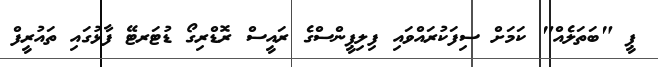
ޕީ "ބަތަލެއް" ކަމަށް ސިފަކުރައްވައި ފިލިޕީންސްގެ ރައީސް ރޮޑްރިގޯ ޑުޓަރޓޭ ފާޅުގައި ތައުރީފް